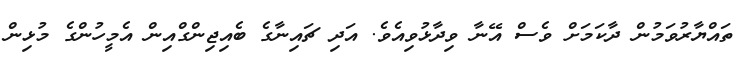
ތައްޔާރުވަމުން ދާކަމަށް ވެސް އޭނާ ވިދާޅުވިއެވެ. އަދި ޗައިނާގެ ބެއިޖިންގްއިން އެމީހުންގެ މުޅިން